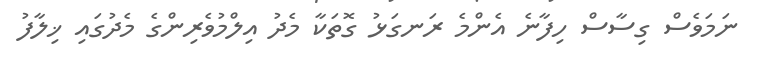
ނަމަވެސް ގިސާސް ހިފާނެ އެންމެ ރަނގަޅު ގޮތަކާ މެދު އިލްމުވެރިންގެ މެދުގައި ޚިލާފު